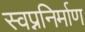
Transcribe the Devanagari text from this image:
स्वप्ननिर्माण